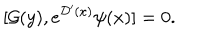
[ { \cal G } ( { y } ) , e ^ { { \cal D } ^ { \prime } ( x ) } \psi ( x ) ] = 0 .